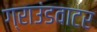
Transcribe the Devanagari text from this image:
ग्राउंडवाटर